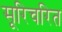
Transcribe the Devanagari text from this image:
सूरिचरित